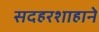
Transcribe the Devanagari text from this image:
सदहरशाहाने